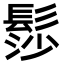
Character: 髿